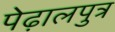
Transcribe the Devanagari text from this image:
पेढ़ालपुत्र